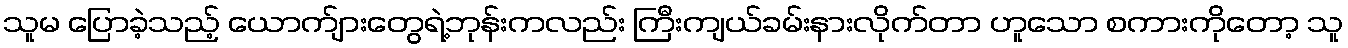
သူမ ပြောခဲ့သည့် ယောက်ျားတွေရဲ့ဘုန်းကလည်း ကြီးကျယ်ခမ်းနားလိုက်တာ ဟူသော စကားကိုတော့ သူ